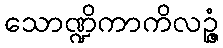
သောဏ္ဍိကာကိလဉ္ဇံ